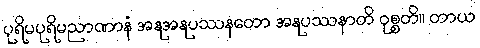
ပုရိမပုရိမညာဏာနံ အနုအနုပဿနတော အနုပဿနာတိ ဝုစ္စတိ။ တာယ